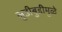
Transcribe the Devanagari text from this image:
लुडीबुडीमुळे